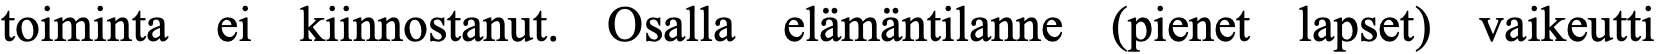
toiminta ei kiinnostanut. Osalla elämäntilanne (pienet lapset) vaikeutti